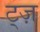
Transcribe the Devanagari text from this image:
ट्ज़